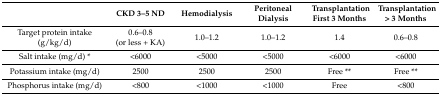
|  | CKD 3–5 ND | Hemodialysis | Peritoneal Dialysis | Transplantation First 3 Months | Transplantation > 3 Months |
 | --- | --- | --- | --- | --- | --- |
 | Target protein intake (g/kg/d) | 0.6–0.8 (or less + KA) | 1.0–1.2 | 1.0–1.2 | 1.4 | 0.6–0.8 |
 | Salt intake (mg/d) * | <6000 | <5000 | <5000 | <6000 | <6000 |
 | Potassium intake (mg/d) | 2500 | 2500 | 2500 | Free ** | Free ** |
 | Phosphorus intake (mg/d) | <800 | <1000 | <1000 | Free | <800 |